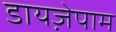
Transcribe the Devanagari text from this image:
डायजे़पाम